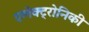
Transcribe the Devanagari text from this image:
एलेक्ट्रोनिकी